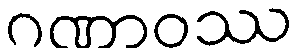
ဂဏာဝဿ